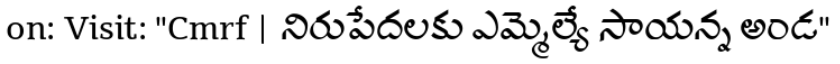
on: Visit: "Cmrf | నిరుపేదలకు ఎమ్మెల్యే సాయన్న అండ"